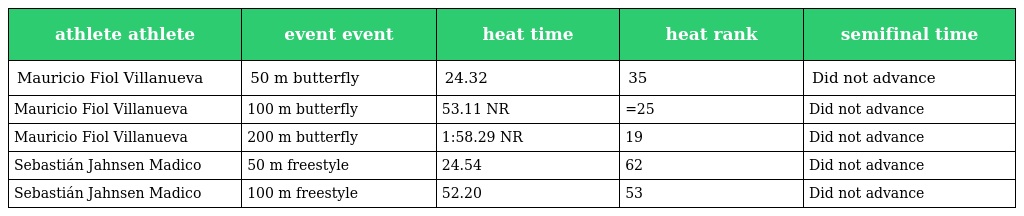
| athlete athlete | event event | heat time | heat rank | semifinal time |
 | --- | --- | --- | --- | --- |
 | Mauricio Fiol Villanueva | 50 m butterfly | 24.32 | 35 | Did not advance |
 | Mauricio Fiol Villanueva | 100 m butterfly | 53.11 NR | =25 | Did not advance |
 | Mauricio Fiol Villanueva | 200 m butterfly | 1:58.29 NR | 19 | Did not advance |
 | Sebastián Jahnsen Madico | 50 m freestyle | 24.54 | 62 | Did not advance |
 | Sebastián Jahnsen Madico | 100 m freestyle | 52.20 | 53 | Did not advance |